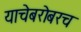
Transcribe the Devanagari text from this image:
याचेबरोबरच